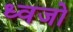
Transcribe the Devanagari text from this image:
ध्वजो